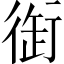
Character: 衘